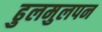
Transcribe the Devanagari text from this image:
ढुलमुलपन